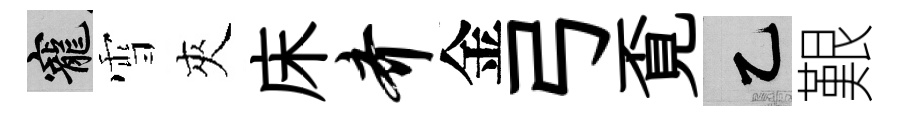
寵雪夾床齐金弓覔乙艱